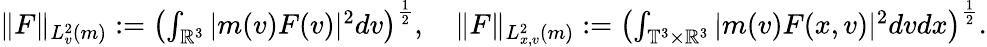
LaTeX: \begin{array}{r}{\| F\| _{L_{v}^{2}(m)}:=\left(\int_{\mathbb{R}^{3}}|m(v)F(v)|^{2}dv\right)^{\frac{1}{2}},\quad\| F\| _{L_{x,v}^{2}(m)}:=\left(\int_{\mathbb{T}^{3}\times\mathbb{R}^{3}}|m(v)F(x,v)|^{2}dvdx\right)^{\frac{1}{2}}.}\end{array}